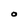
Character: O